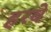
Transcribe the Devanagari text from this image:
हरबे